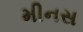
મીનસ